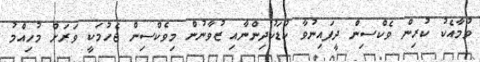
ވުމާއެކު ކުރިން ވެކްސިން ދީފައިނުވާ ކުޑަކުދިންނާއި ޒުވާނުން މިވެކްސިން ޖެހުމަކީ ވަރަށް މުހިއްމު